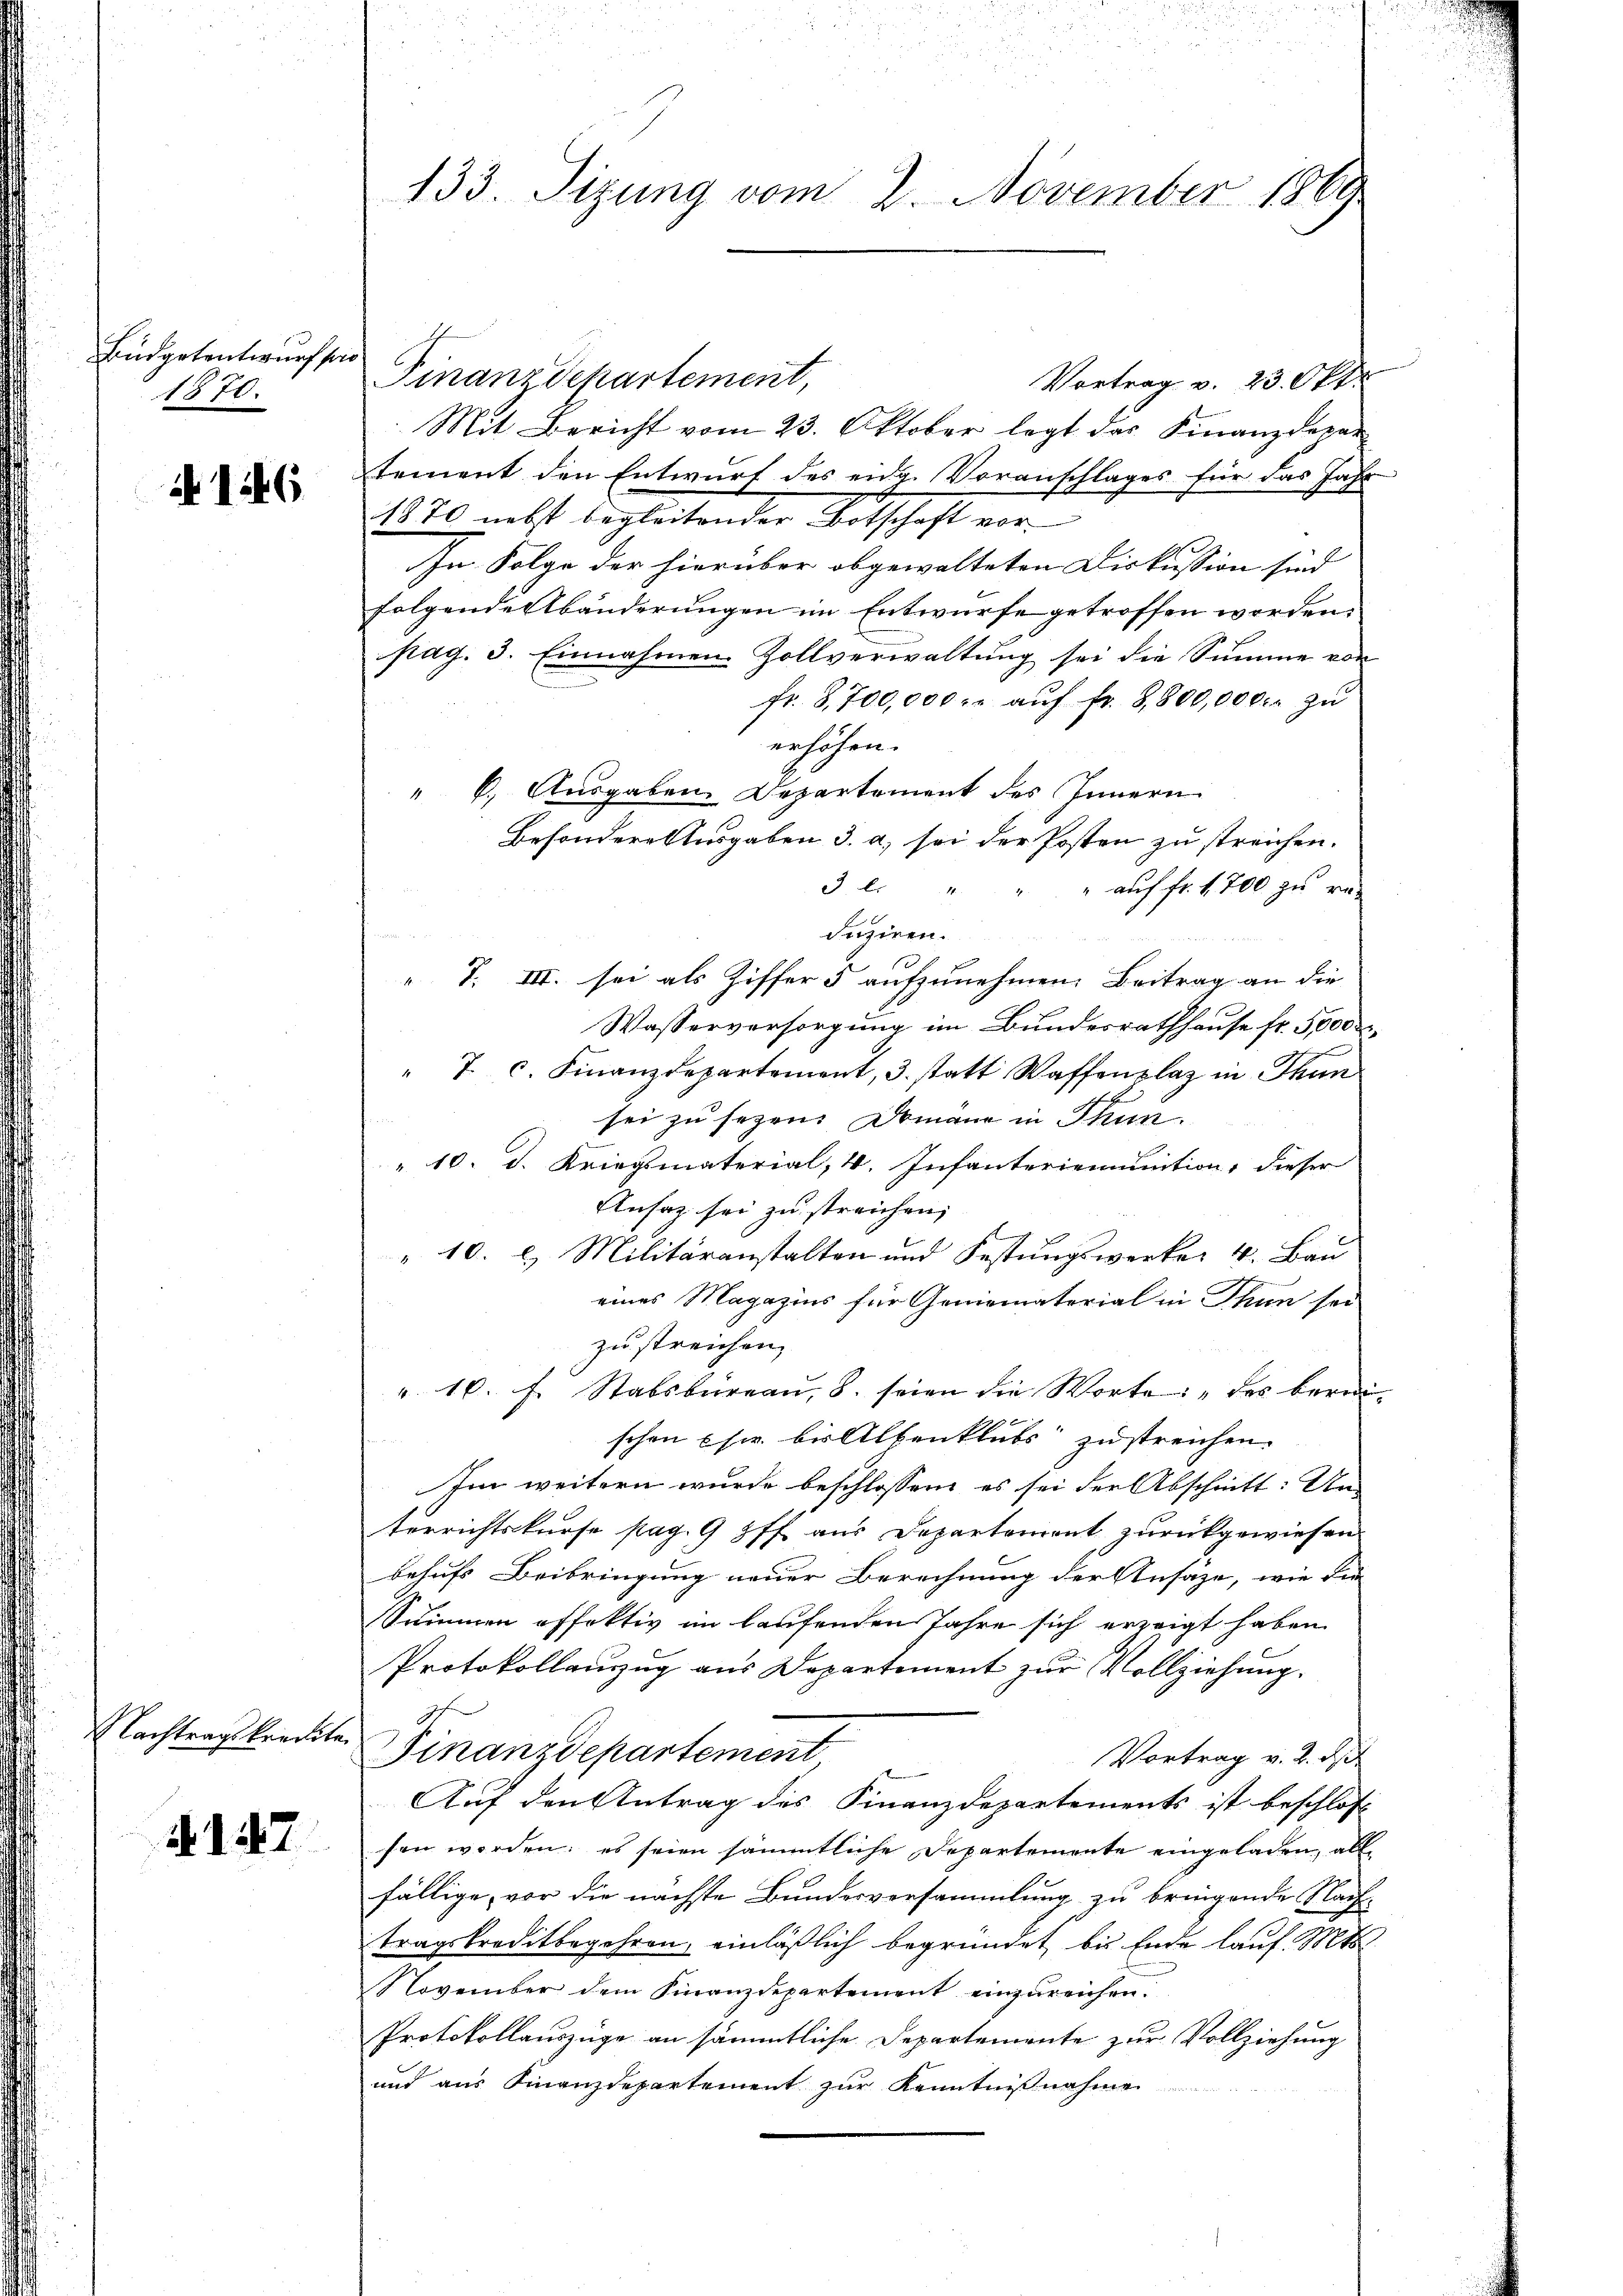
Büdgetentwurf pro
1370.

146

Nachtragskredite

147

133. Sizung vom 2. November 1869

Finanzdepartement,
Vortrag v. 23. Okt.
Mit Bericht vom 23. Oktober legt das Finanzdepartement den Entwurf des eidg. Voranschlages für das Jahr
1870 nebst begleitender Ortschaft vor
In Folge der hierüber obgewalteten Diskussion sind |
folgende Abänderungen im Entwurfe getroffen worden;
pag. 3. Einnahmen Zollverwaltung sei die Summe von
fr. 8,700,000. aŭf fr. 8,800,000. zŭ
erhöhen.
" 6. Ausgaben Departement des Innern
Besondere Ausgaben 3. a, sei der Posten zu streichen.
3. l.
" auf fr. 1700 zu re¬
Juziren.
T. III. sei als Ziffer 5 aufzunehmen. Beitrag an die
Wasserversorgung im Bundesrathhause fr. 5000 M.
" 7. c. Finanzdepartement, 3. statt Waffenplaz in Thun
sei zu sezen. Domann in Thun.
" 10. d. Kriegsmaterial, 4. Infanterienuntion, dieser
Ansaz sei zu streichen,
10. l. Militäranstalten und Festungswerker 4. Bau
eines Magazins für Geniematerial in Thun sei
zu streichen,
". 10. f. Stabsbureau, 8. seien die Worte: „des berei-
schon sie bis Altenklubs zu streichen.
Im weitern wurde beschlossen, es sei der Abschnitt: Un-
terrichtskurse pag. 9 ff. aus Departement zurückgewiesen
behufs Beibringung neuer Berechnung der Ansätze, wie die
Summen offektiv im laufenden Jahre sich erzeigt haben
Protokollanzug aus Departement zur Vollziehung.
2
Finanzdepartement
Vortrag v. 2. d.
Auf den Antrag des Finanzdepartements ist beschloss
sen werden; es seien sämmtliche Departemente eingeladen, all
fällige, vor die nächste Bundesversammlung zu bringende Nach-
tragskreditbegehren, einläßlich begründet, bis Ende lauf. Mts.
November dem Finanzdepartement einzureichen.
Protokollauszüge an sämmtliche Departemente zur Vollziehung
und aus Finanzdepartement zur Kenntnißnahme